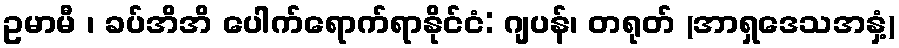
ဥမာမီ ၊ ခပ်အိအိ ပေါက်ရောက်ရာနိုင်ငံ: ဂျပန်၊ တရုတ် (အာရှဒေသအနှံ့)